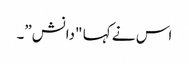
اس نے کہا "دانش”۔